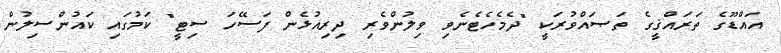
އައްޑޫގެ ތަރައްޤީގެ ތަޞައްވުރަކީ "ދެމެހެޓެނެވި ވިލުންވެރި ދިރިއުޅެން ފަސޭހަ ސިޓީ" ކަމުގައި ކައުންސިލުން